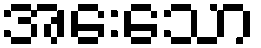
အေးသော